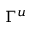
\Gamma ^ { u }